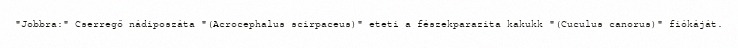
"Jobbra:" Cserregő nádiposzáta "(Acrocephalus scirpaceus)" eteti a fészekparazita kakukk "(Cuculus canorus)" fiókáját.